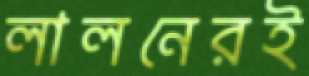
লালনেরই